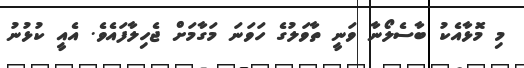
މި މޮޅާއެކު ބާސެލޯނާ ވަނީ ތާވަލުގެ ހަވަނަ މަގާމަށް ޖެހިލާފަައެވެ. އެއީ ކުޅުނު